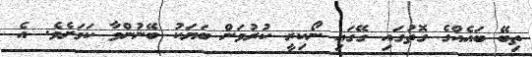
ތިބޭ ބައެއްގެ ގޮތުގައި ގޭގައި ނޯކިރީ ކުރުވަން ބަޔަކު ބޭނުންވާ ކަމަށެވެ. އެ